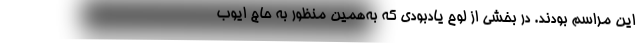
این مراسم بودند. در بخشی از لوح یادبودی که به‌همین منظور به حاج ایوب